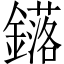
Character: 𨮎